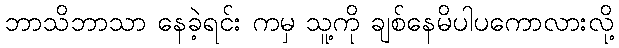
ဘာသိဘာသာ နေခဲ့ရင်း ကမှ သူ့ကို ချစ်နေမိပါပကောလားလို့